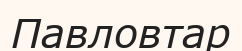
Павловтар